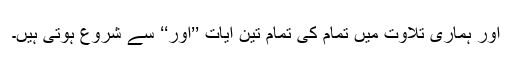
اور ہماری تلاوت میں تمام کی تمام تین آیات ’’اور‘‘ سے شروع ہوتی ہیں۔